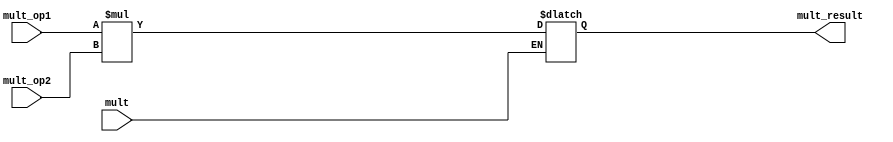
module multiply(
input mult,
input [31:0] mult_op1,
input [31:0] mult_op2,
output reg [63:0] mult_result);
	always @(*)
	begin
   if(mult)
	begin
		mult_result = mult_op1 * mult_op2;
	end
	end
endmodule